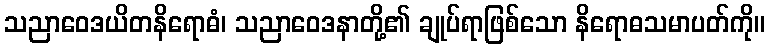
သညာဝေဒယိတနိရောဓံ၊ သညာဝေဒနာတို့၏ ချုပ်ရာဖြစ်သော နိရောဓသမာပတ်ကို။